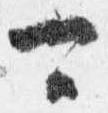
可